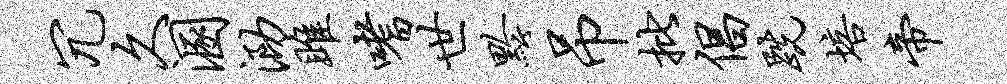
冗久溷泐雎嗜世黔吊批倡跣培帝